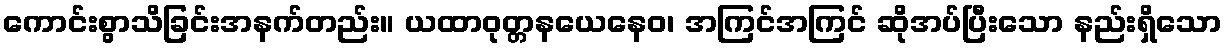
ကောင်းစွာသိခြင်းအနက်တည်း။ ယထာဝုတ္တနယေနေဝ၊ အကြင်အကြင် ဆိုအပ်ပြီးသော နည်းရှိသော